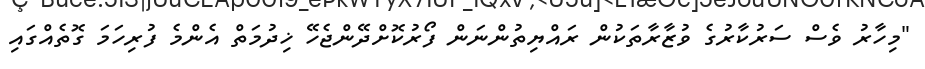
"މިހާރު ވެސް ސަރުކާރުގެ ވުޒާރާތަކުން ރައްޔިތުންނަން ފޯރުކޮށްދޭންޖެހޭ ޚިދުމަތް އެންމެ ފުރިހަމަ ގޮތެއްގައި